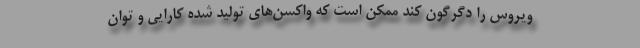
ویروس را دگرگون کند ممکن است که واکسن‌های تولید شده کارایی و توان